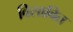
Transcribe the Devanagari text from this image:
विसावित